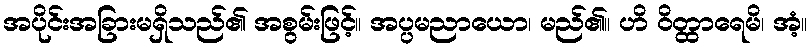
အပိုင်းအခြားမရှိသည်၏ အစွမ်းဖြင့်။ အပ္ပမညာယော၊ မည်၏။ ဟိ ဝိတ္ထာရေမိ၊ အံ့။